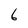
Character: 6